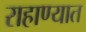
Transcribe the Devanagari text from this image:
राहाण्यात